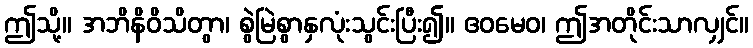
ဤသို့။ အဘိနိဝိသိတွာ၊ စွဲမြဲစွာနှလုံးသွင်းပြီး၍။ ဧဝမေဝ၊ ဤအတိုင်းသာလျှင်။